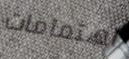
اهتمامات